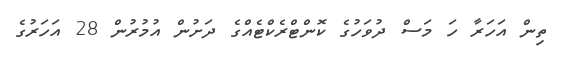
ތިން އަހަރާ ހަ މަސް ދުވަހުގެ ކޮންޓްރެކްޓެއްގެ ދަށުން އުމުރުން 28 އަހަރުގެ